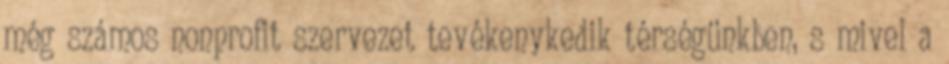
még számos nonprofit szervezet tevékenykedik térségünkben, s mivel a